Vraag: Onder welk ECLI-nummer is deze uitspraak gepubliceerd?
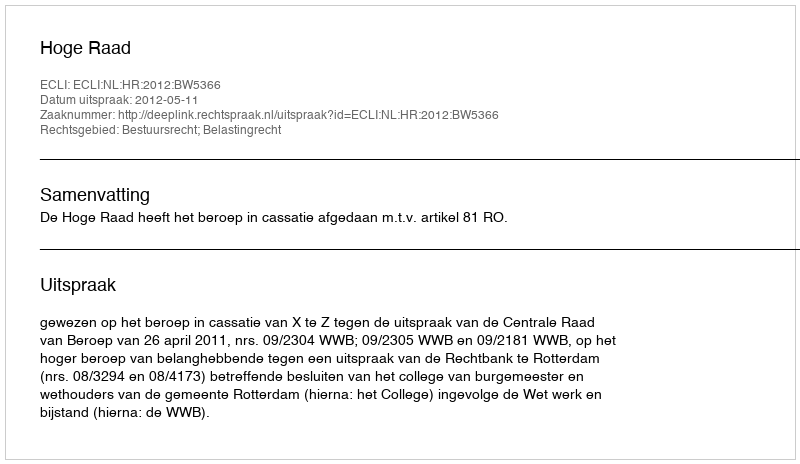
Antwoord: ECLI:NL:HR:2012:BW5366